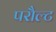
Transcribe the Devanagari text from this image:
परौल्ट